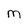
Character: M